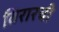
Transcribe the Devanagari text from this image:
विरारची